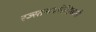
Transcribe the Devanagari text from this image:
रज्स्तमःपचेन्द्रियानी